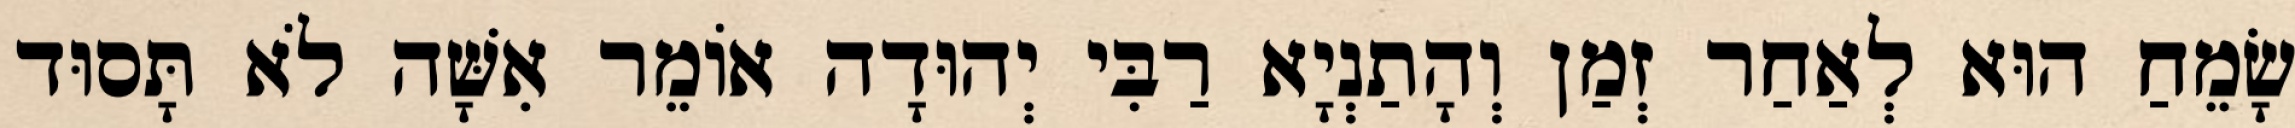
שָׂמֵחַ הוּא לְאַחַר זְמַן וְהָתַנְיָא רַבִּי יְהוּדָה אוֹמֵר אִשָּׁה לֹא תָּסוּד